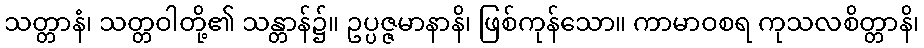
သတ္တာနံ၊ သတ္တဝါတို့၏ သန္တာန်၌။ ဥပ္ပဇ္ဇမာနာနိ၊ ဖြစ်ကုန်သော။ ကာမာဝစရ ကုသလစိတ္တာနိ၊